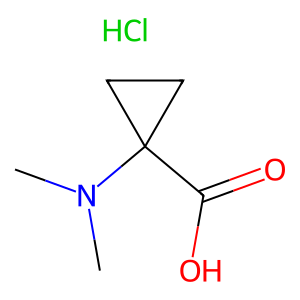
SMILES: CN(C)C1(C(=O)O)CC1.Cl
Inhibits HIV replication: No